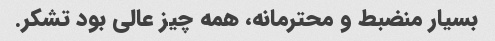
بسیار منضبط و محترمانه، همه چیز عالی بود تشکر.